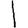
Digit: 1